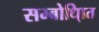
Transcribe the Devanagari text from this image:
सम्बोधि्ात